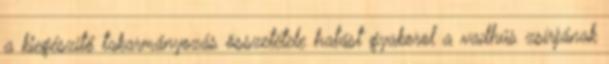
a kiegészítő takarmányozás összetétele hatást gyakorol a vadhús zsírjának